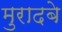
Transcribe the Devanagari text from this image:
मुरादबे